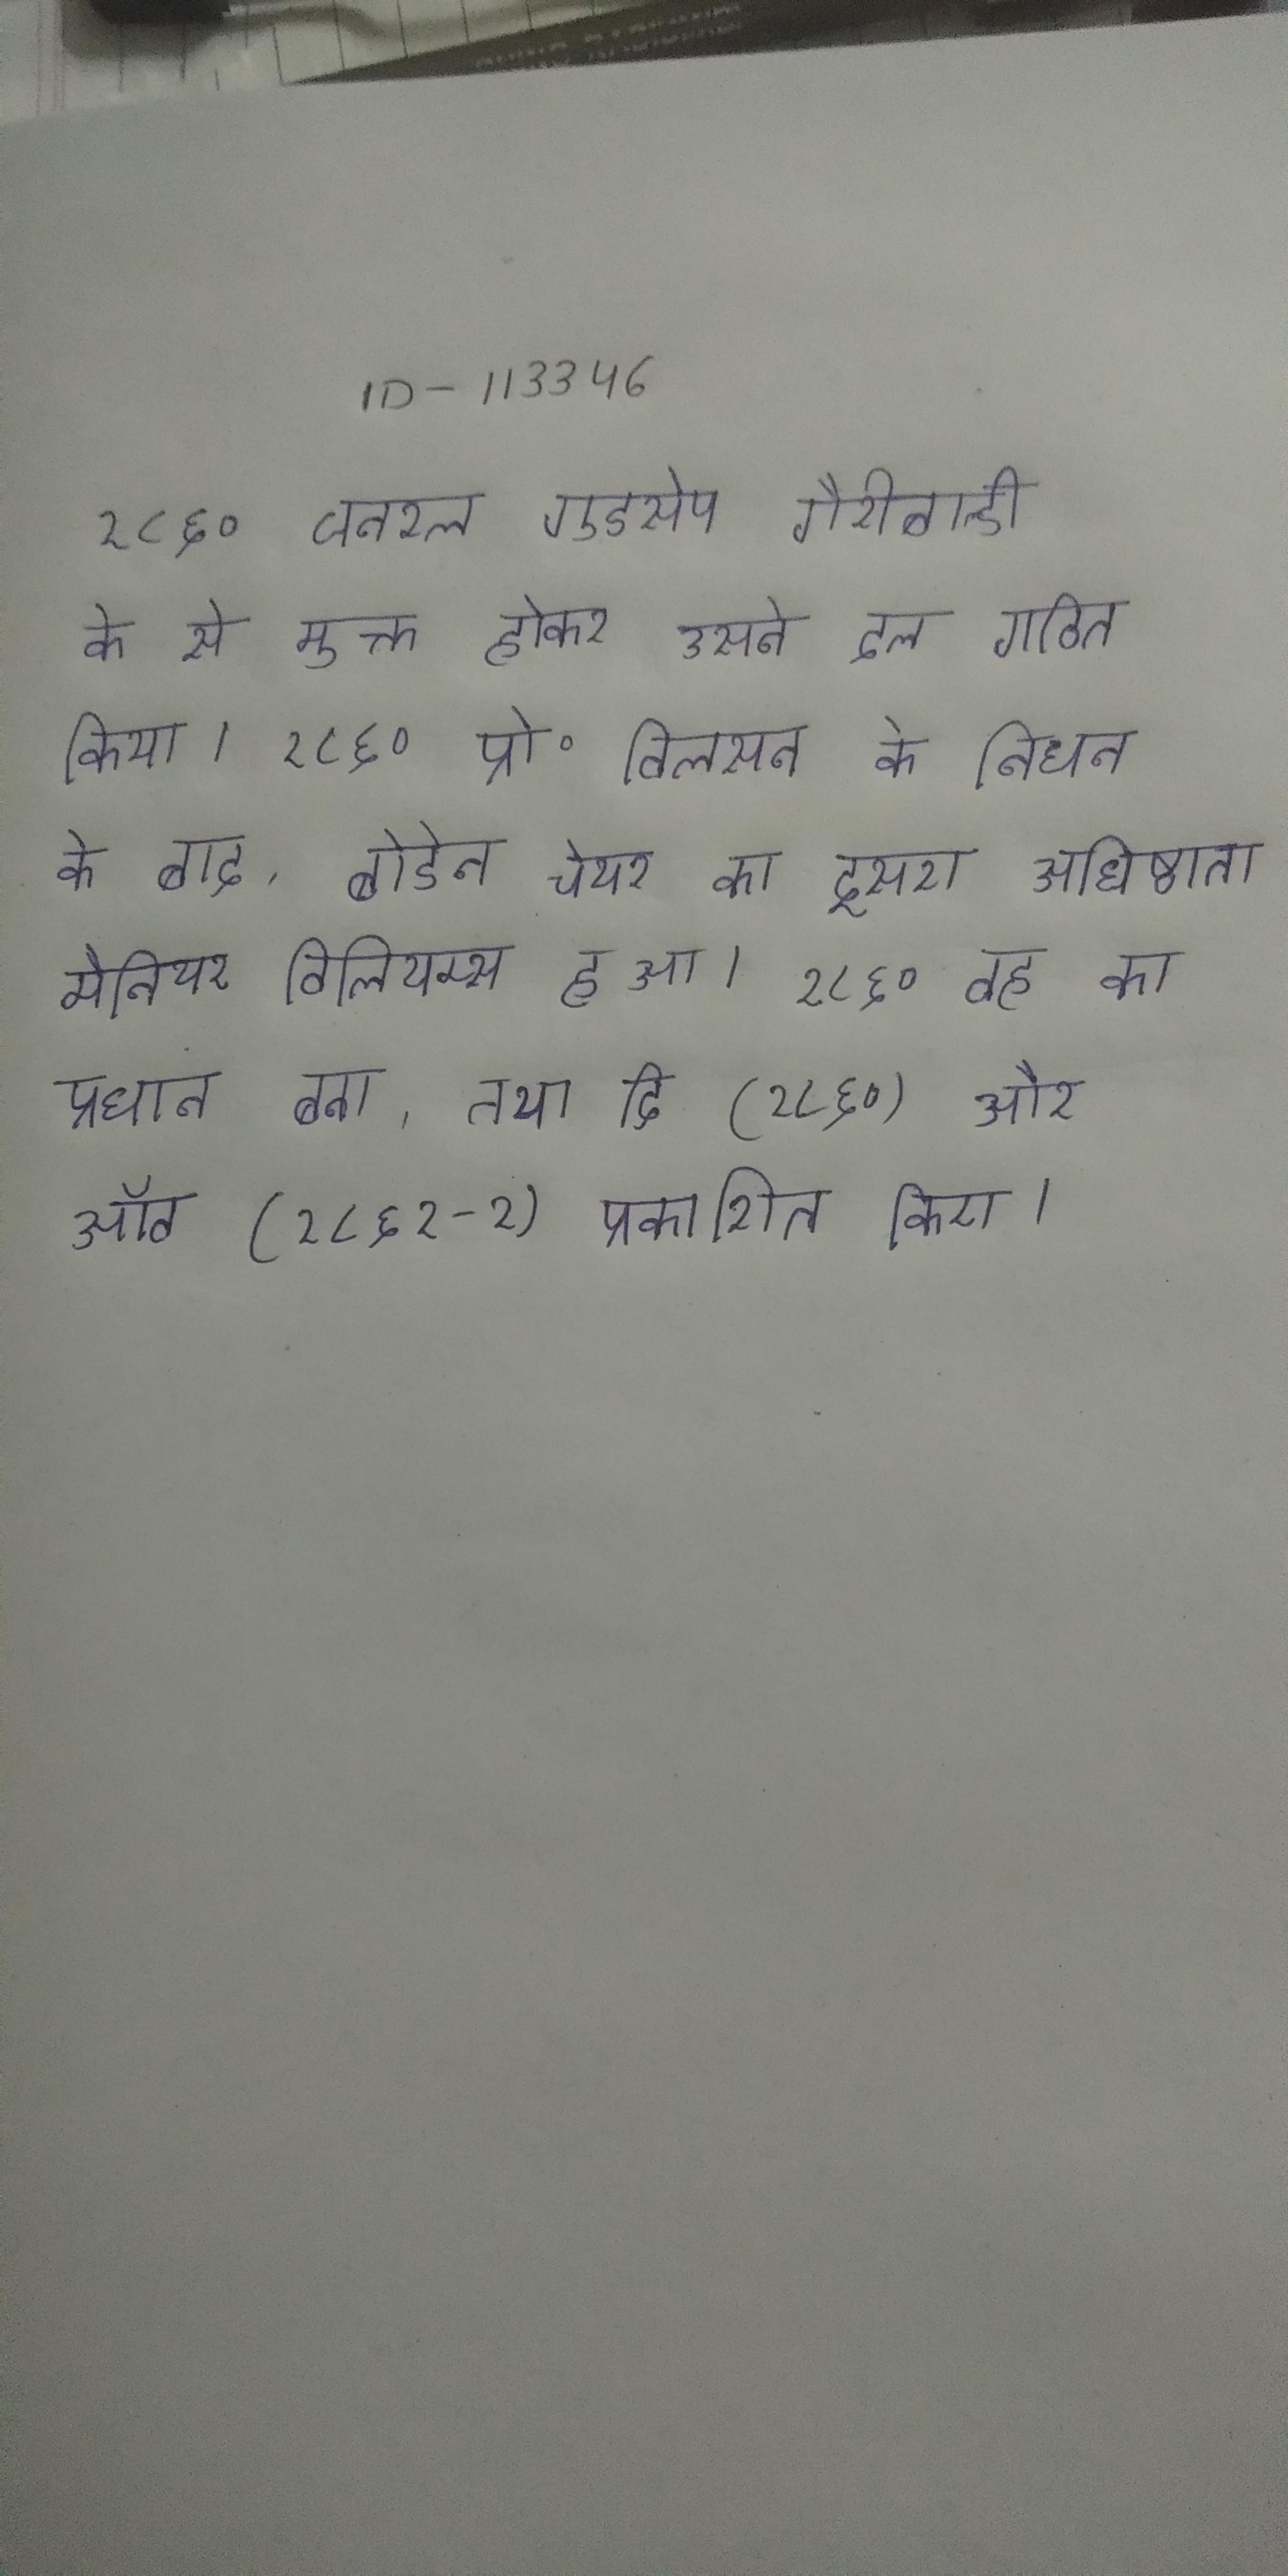
१८६० जनरल गुडसेप गैरीबाल्डी के से मुक्त होकर उसने दल गठित किया । १८६० प्रो॰ विलसन के निधन के बाद, बोडेन चेयर का दूसरा अधिष्ठाता मौनियर विलियम्स हुआ । १८६० वह का प्रधान बना, तथा दि (१८६०) और ऑव (१८६१-२) प्रकाशित किए ।